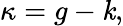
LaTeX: \kappa=g-\mathit{k},